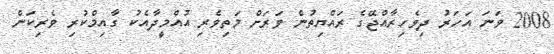
2008 ވަނަ އަހަރު ދިވެހިރާއްޖޭގެ ރައްޔިތުން ވަރަށް މަތިވެރި އުއްމީދާއެކު ގާއިމްކުރި ވެރިކަން